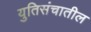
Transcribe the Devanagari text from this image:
युतिसंचातील